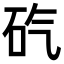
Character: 𥐬